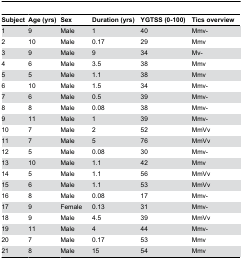
<table><thead><tr><td><b>Subject</b></td><td><b>Age (yrs)</b></td><td><b>Sex</b></td><td><b>Duration (yrs)</b></td><td><b>YGTSS (0-100)</b></td><td><b>Tics overview</b></td></tr></thead><tbody><tr><td>1</td><td>9</td><td>Male</td><td>1</td><td>40</td><td>Mmv-</td></tr><tr><td>2</td><td>10</td><td>Male</td><td>0.17</td><td>29</td><td>Mmv</td></tr><tr><td>3</td><td>9</td><td>Male</td><td>9</td><td>34</td><td>Mv-</td></tr><tr><td>4</td><td>6</td><td>Male</td><td>3.5</td><td>38</td><td>Mmv</td></tr><tr><td>5</td><td>5</td><td>Male</td><td>1.1</td><td>38</td><td>Mmv</td></tr><tr><td>6</td><td>10</td><td>Male</td><td>1.5</td><td>34</td><td>Mmv-</td></tr><tr><td>7</td><td>6</td><td>Male</td><td>0.5</td><td>39</td><td>Mmv-</td></tr><tr><td>8</td><td>8</td><td>Male</td><td>0.08</td><td>38</td><td>Mmv-</td></tr><tr><td>9</td><td>11</td><td>Male</td><td>1</td><td>39</td><td>Mmv-</td></tr><tr><td>10</td><td>7</td><td>Male</td><td>2</td><td>52</td><td>MmVv</td></tr><tr><td>11</td><td>7</td><td>Male</td><td>5</td><td>76</td><td>MmVv</td></tr><tr><td>12</td><td>5</td><td>Male</td><td>0.08</td><td>30</td><td>Mmv-</td></tr><tr><td>13</td><td>10</td><td>Male</td><td>1.1</td><td>42</td><td>Mmv</td></tr><tr><td>14</td><td>5</td><td>Male</td><td>1.1</td><td>56</td><td>MmVv</td></tr><tr><td>15</td><td>6</td><td>Male</td><td>1.1</td><td>53</td><td>MmVv</td></tr><tr><td>16</td><td>8</td><td>Male</td><td>0.08</td><td>17</td><td>Mmv-</td></tr><tr><td>17</td><td>9</td><td>Female</td><td>0.13</td><td>31</td><td>Mmv-</td></tr><tr><td>18</td><td>9</td><td>Male</td><td>4.5</td><td>39</td><td>MmVv</td></tr><tr><td>19</td><td>11</td><td>Male</td><td>4</td><td>44</td><td>Mmv-</td></tr><tr><td>20</td><td>7</td><td>Male</td><td>0.17</td><td>53</td><td>Mmv</td></tr><tr><td>21</td><td>8</td><td>Male</td><td>15</td><td>54</td><td>Mmv</td></tr></tbody></table>